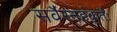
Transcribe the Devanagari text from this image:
सर्वैरनहंकृतैः